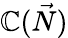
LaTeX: \mathbb{C}({\vec{{N}}})